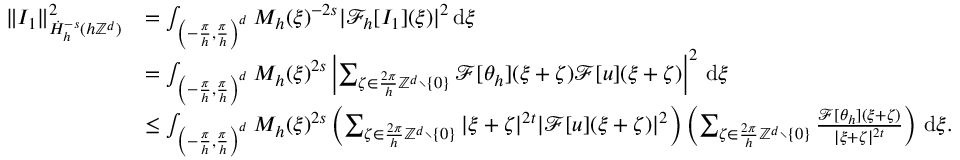
\begin{array} { r l } { \| I _ { 1 } \| _ { \dot { H } _ { h } ^ { - s } ( h \mathbb { Z } ^ { d } ) } ^ { 2 } } & { = \int _ { \left( - \frac { \pi } { h } , \frac { \pi } { h } \right) ^ { d } } M _ { h } ( \xi ) ^ { - 2 s } | \mathcal { F } _ { h } [ I _ { 1 } ] ( \xi ) | ^ { 2 } \, \mathrm { d } \xi } \\ & { = \int _ { \left( - \frac { \pi } { h } , \frac { \pi } { h } \right) ^ { d } } M _ { h } ( \xi ) ^ { 2 s } \left| \sum _ { \zeta \in \frac { 2 \pi } { h } \mathbb { Z } ^ { d } \setminus \{ 0 \} } \mathcal { F } [ \theta _ { h } ] ( \xi + \zeta ) \mathcal { F } [ u ] ( \xi + \zeta ) \right| ^ { 2 } \, \mathrm { d } \xi } \\ & { \le \int _ { \left( - \frac { \pi } { h } , \frac { \pi } { h } \right) ^ { d } } M _ { h } ( \xi ) ^ { 2 s } \left( \sum _ { \zeta \in \frac { 2 \pi } { h } \mathbb { Z } ^ { d } \setminus \{ 0 \} } | \xi + \zeta | ^ { 2 t } | \mathcal { F } [ u ] ( \xi + \zeta ) | ^ { 2 } \right) \left( \sum _ { \zeta \in \frac { 2 \pi } { h } \mathbb { Z } ^ { d } \setminus \{ 0 \} } \frac { \mathcal { F } [ \theta _ { h } ] ( \xi + \zeta ) } { | \xi + \zeta | ^ { 2 t } } \right) \, \mathrm { d } \xi . } \end{array}